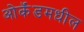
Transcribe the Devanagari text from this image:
ओकॅंडमधील